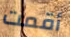
أقمت